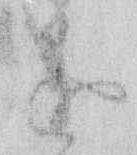
進